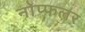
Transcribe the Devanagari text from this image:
नोप्फलर